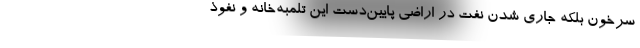
سرخون بلكه جاري ‌شدن نفت در اراضي پايين‌دست اين تلمبه‌خانه و نفوذ